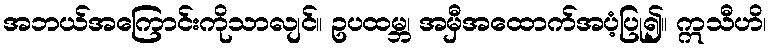
အဘယ်အကြောင်းကိုသာလျင်။ ဥပထမ္ဘ၊ အမှီအထောက်အပံ့ပြု၍။ ဣသီဟိ၊